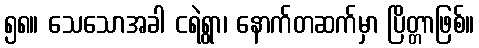
၅၈။ သေသောအခါ ငရဲရွာ၊ နောက်တဆက်မှာ ပြိတ္တာဖြစ်။